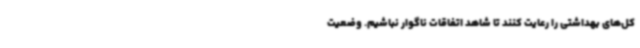
کل‌های بهداشتی را رعایت کنند تا شاهد اتفاقات ناگوار نباشیم. وضعیت